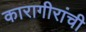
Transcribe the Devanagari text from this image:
कारागीरांची